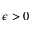
\epsilon > 0